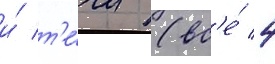
и́ т'е́чи (вс'е́ 4